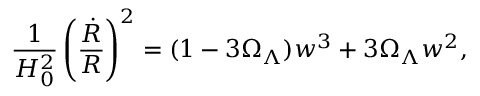
\frac { 1 } { H _ { 0 } ^ { 2 } } \left( \frac { \dot { R } } { R } \right) ^ { 2 } = ( 1 - 3 { \Omega } _ { \Lambda } ) w ^ { 3 } + 3 { \Omega } _ { \Lambda } w ^ { 2 } ,